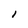
Character: I